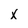
Character: x